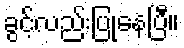
ခွင့်လည်းပြုနေပြီ။